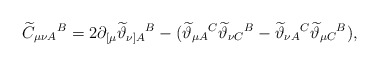
\begin{align*}\widetilde{C}_{\mu \nu A}{}^{B}=2\partial _{\lbrack \mu }\widetilde{\vartheta }_{\nu ]A}{}^{B}-(\widetilde{\vartheta }_{\mu A}{}^{C}\widetilde{\vartheta }_{\nu C}{}^{B}-\widetilde{\vartheta }_{\nu A}{}^{C}\widetilde{\vartheta }_{\mu C}{}^{B}), \end{align*}